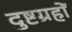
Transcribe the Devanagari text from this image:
दुष्टग्रहों